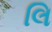
લિ